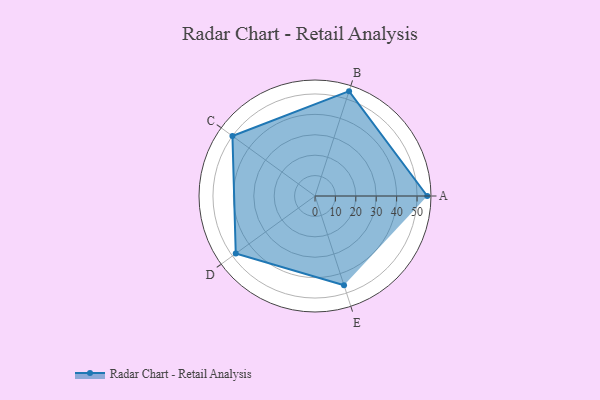
{"axis": {"x": "Skill", "y": "Score"}, "legend": ["Profile"], "data": [{"x": "A", "y": 55.0, "type": "Profile"}, {"x": "B", "y": 54.0, "type": "Profile"}, {"x": "C", "y": 50.0, "type": "Profile"}, {"x": "D", "y": 48.0, "type": "Profile"}, {"x": "E", "y": 46.0, "type": "Profile"}]}